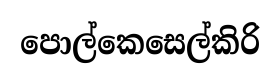
පොල්කෙසෙල්කිරි